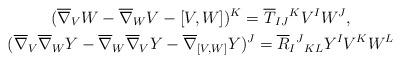
LaTeX: \begin{gather*}(\overline{\nabla}_V W-\overline{\nabla}_W V-[V, W])^K=\overline T_{IJ}{}^K V^I W^J,\\(\overline{\nabla}_V\overline{\nabla}_W Y-\overline{\nabla}_W\overline{\nabla}_V Y-\overline{\nabla}_{[V, W]}Y)^J=\overline R_I{}^J{}_{KL}Y^I V^K W^L\end{gather*}